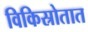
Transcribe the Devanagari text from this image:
विकिस्रोतात